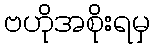
ဗဟိုအစိုးရမှ